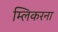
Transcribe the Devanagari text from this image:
म्लिकरना